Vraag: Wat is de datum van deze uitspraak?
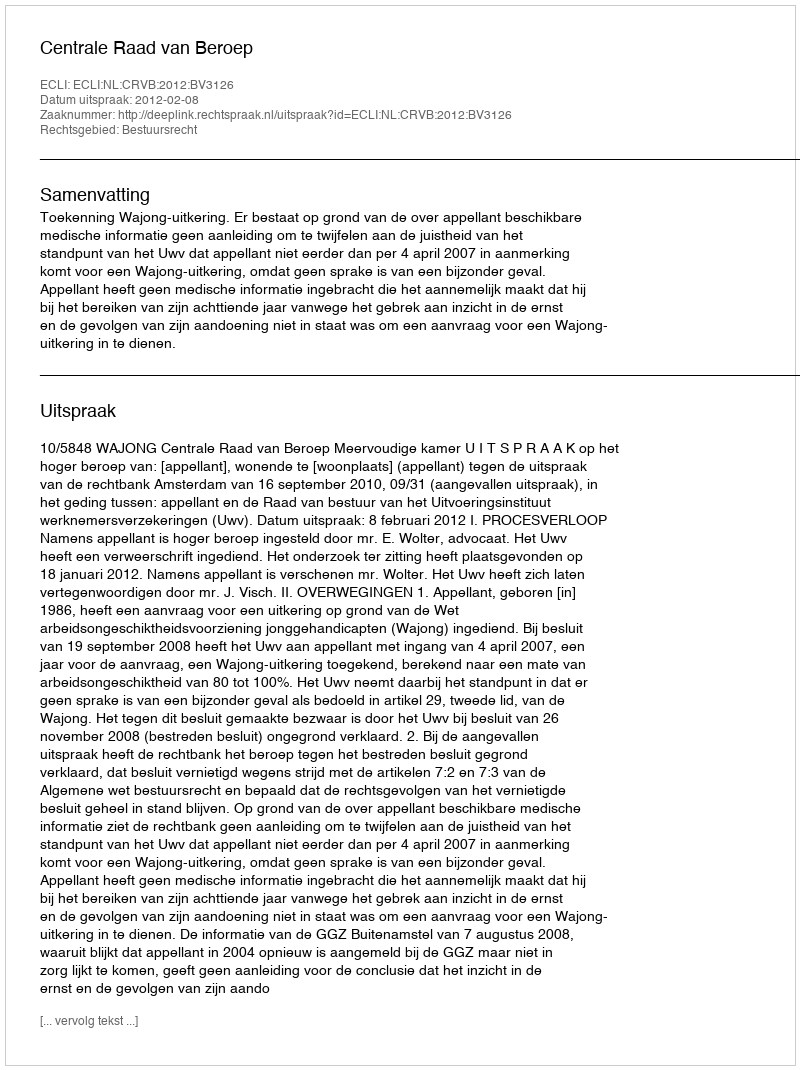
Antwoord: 2012-02-08